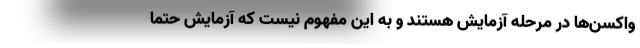
واکسن‌ها در مرحله آزمایش هستند و به این مفهوم نیست که آزمایش حتما